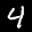
Label: 4